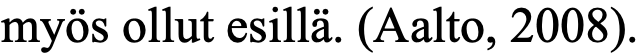
myös ollut esillä. (Aalto, 2008).